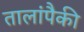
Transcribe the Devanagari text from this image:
तालांपैकी